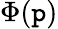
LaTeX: \Phi(\mathtt{p})